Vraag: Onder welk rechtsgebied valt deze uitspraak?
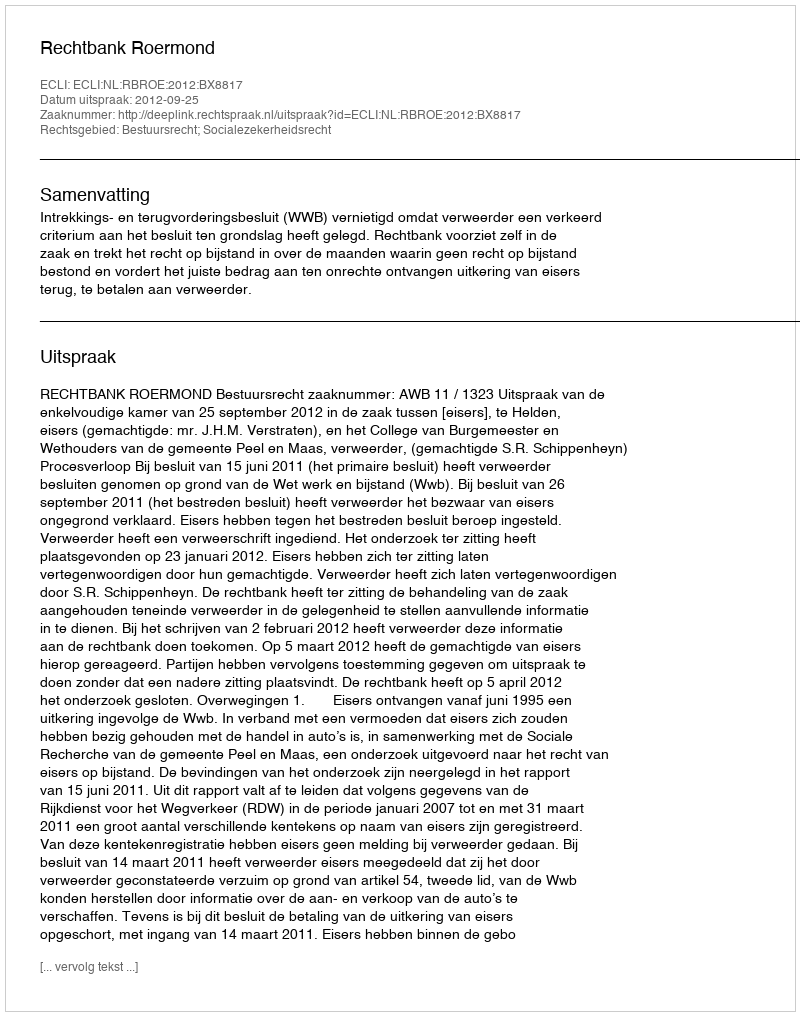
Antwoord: Bestuursrecht; Socialezekerheidsrecht